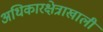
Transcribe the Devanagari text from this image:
अधिकारक्षेत्राखाली